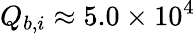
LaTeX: Q_{b,i}\approx 5.0\times 10^{4}